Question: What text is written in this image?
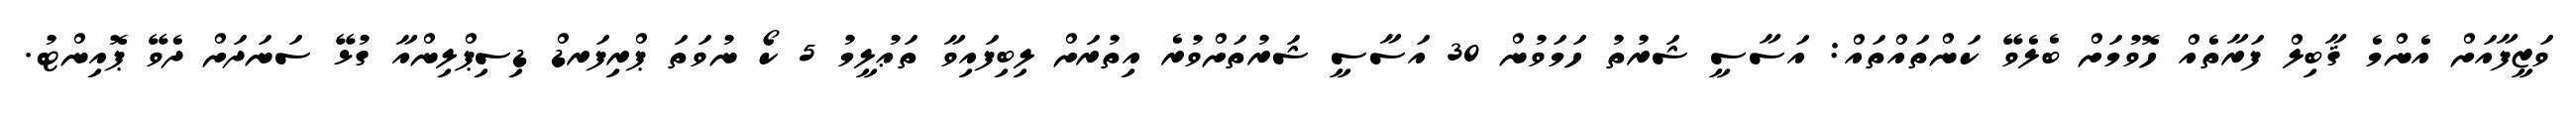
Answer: ވަޒީފާއަށް އެންމެ ޤާބިލް ފަރާތެއް ހޮވުމަށް ބެލެވޭ ކަންތައްތައް: އަސާސީ ޝަރުތު ހަމަވުން 30 އަސާސީ ޝަރުތަށްވުރެ އިތުރަށް ލިބިފައިވާ ތަޢުލީމު 5 ކޯ ނުވަތަ ޕްރިފަރޑް ޑިސިޕްލިންއާ ގުޅޭ ސަނަދަށް ދެވޭ ޕޮއިންޓު.